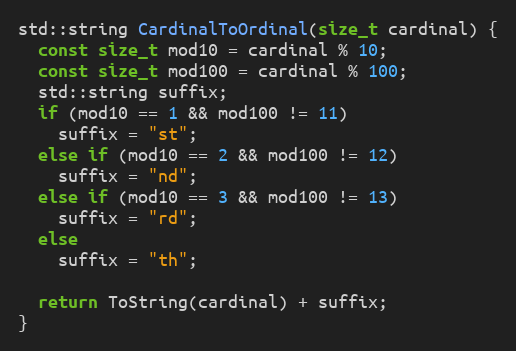
Language: C++
std::string CardinalToOrdinal(size_t cardinal) {
  const size_t mod10 = cardinal % 10;
  const size_t mod100 = cardinal % 100;
  std::string suffix;
  if (mod10 == 1 && mod100 != 11)
    suffix = "st";
  else if (mod10 == 2 && mod100 != 12)
    suffix = "nd";
  else if (mod10 == 3 && mod100 != 13)
    suffix = "rd";
  else
    suffix = "th";

  return ToString(cardinal) + suffix;
}